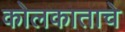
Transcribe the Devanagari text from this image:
कोलकाताचे